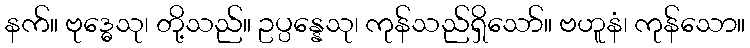
နက်။ ဗုဒ္ဓေသု၊ တို့သည်။ ဥပ္ပန္နေသု၊ ကုန်သည်ရှိသော်။ ဗဟူနံ၊ ကုန်သော။